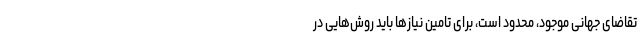
تقاضای جهانی موجود، محدود است، برای تامین نیازها باید روش‌هایی در